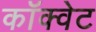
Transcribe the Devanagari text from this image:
कॉक्वेट